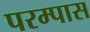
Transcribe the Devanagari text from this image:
परम्पास